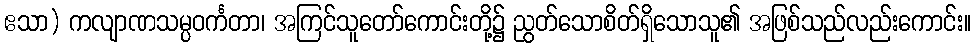
ဧသာ) ကလျာဏသမ္ပဝင်္ကတာ၊ အကြင်သူတော်ကောင်းတို့၌ ညွတ်သောစိတ်ရှိသောသူ၏ အဖြစ်သည်လည်းကောင်း။